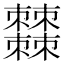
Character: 𣡍